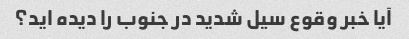
آیا خبر وقوع سیل شدید در جنوب را دیده اید؟